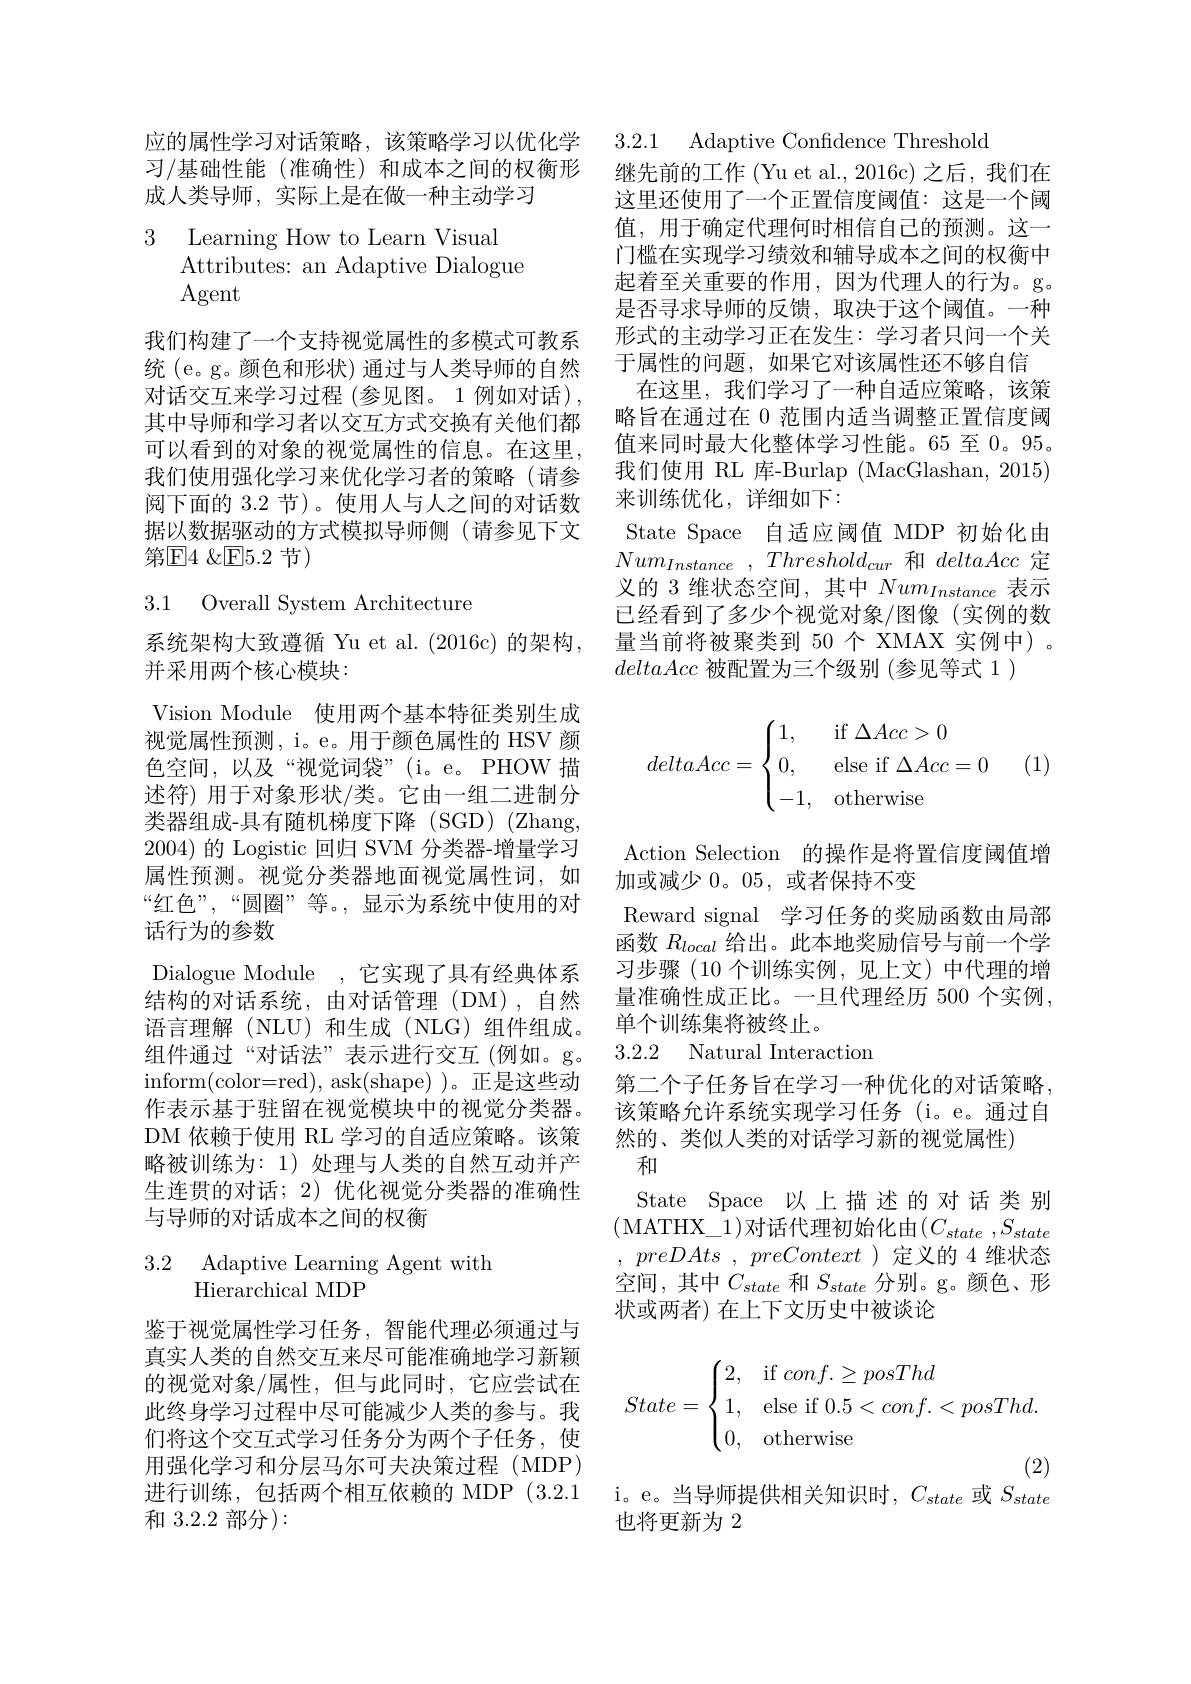
习/基础性能(准确性)和成本之间的权衡形 继先前的工作 (Yu et al., 2016c)之后，我们在
成人类导师，实际上是在做一种主动学习

3 Learning How to Learn Visual
Attributes: an Adaptive Dialogue
Agent

我们构建了一个支持视觉属性的多模式可教系对话交互来学习过程 (参见图。1 例如对话), 可以看到的对象的视觉属性的信息。在这里， 我们使用强化学习来优化学习者的策略(请参阅下面的 3.2 节)。使用人与人之间的对话数据以数据驱动的方式模拟导师侧(请参见下文第${\mathrm{E} }4$ $\& {\mathrm{E} }5. 2$节)

### 3.1 Overall System Architecture

系统架构大致遵循 Yu et al. (2016c) 的架构，
并采用两个核心模块：
Vision Module 使用两个基本特征类别生成视觉属性预测，i。e。用于颜色属性的 HSV 颜色空间，以及“视觉词袋”(i。e。PHOW 描述符) 用于对象形状/类。它由一组二进制分类器组成-具有随机梯度下降(SGD)(Zhang, 2004) 的 Logistic 回归 SVM 分类器-增量学习属性预测。视觉分类器地面视觉属性词，如“红色”,“圆圈”等。,显示为系统中使用的对话行为的参数
Dialogue Module ,它实现了具有经典体系结构的对话系统，由对话管理(DM),自然语言理解(NLU)和生成(NLG)组件组成。组件通过“对话法”表示进行交互(例如。g。inform( color= red) , ask( shape) )。正是这些动作表示基于驻留在视觉模块中的视觉分类器。DM 依赖于使用 RL 学习的自适应策略。该策略被训练为：1) 处理与人类的自然互动并产生连贯的对话；2)优化视觉分类器的准确性与导师的对话成本之间的权衡

### 3.2 Adaptive Learning Agent with Hierarchical MDP

鉴于视觉属性学习任务，智能代理必须通过与真实人类的自然交互来尽可能准确地学习新颖的视觉对象/属性，但与此同时，它应尝试在此终身学习过程中尽可能减少人类的参与。我们将这个交互式学习任务分为两个子任务，使用强化学习和分层马尔可夫决策过程(MDP) 进行训练，包括两个相互依赖的 MDP (3.2.1和3.2.2部分):

应的属性学习对话策略，该策略学习以优化学 3.2.1 Adaptive Confidence Threshold

这里还使用了一个正置信度阈值：这是一个阈值，用于确定代理何时相信自己的预测。这一门槛在实现学习绩效和辅导成本之间的权衡中起着至关重要的作用，因为代理人的行为。g。是否寻求导师的反馈，取决于这个阈值。一种形式的主动学习正在发生：学习者只问一个关
统 (e。g。颜色和形状) 通过与人类导师的自然 于属性的问题，如果它对该属性还不够自信
在这里，我们学习了一种自适应策略，该策
其中导师和学习者以交互方式交换有关他们都 略旨在通过在0范围内适当调整正置信度阈
值来同时最大化整体学习性能。65 至 0。95。我们使用 RL 库-Burlap (MacGlashan, 2015) 来训练优化，详细如下：
State Space 自适应阈值 MDP 初始化由$Num_{Instance}$ , $Threshold_{cur}$ 和 deltaAcc定义的 3 维状态空间，其中$Num_Instance$表示已经看到了多少个视觉对象/图像(实例的数量当前将被聚类到 50 个 XMAX 实例中)。deltaAcc被配置为三个级别 (参见等式 1 )
$$deltaAcc=\begin{cases}1,&\text{if}\Delta Acc>0\\0,&\text{else if}\Delta Acc=0\\-1,&\text{otherwise}\end{cases}$$
(1)

Action Selection 的操作是将置信度阈值增
加或减少0。05,或者保持不变
Reward signal 学习任务的奖励函数由局部函数$R_{local}$给出。此本地奖励信号与前一个学习步骤 (10 个训练实例，见上文)中代理的增量准确性成正比。一旦代理经历 500 个实例， 单个训练集将被终止。

## 3.2.2 Natural Interaction

第二个子任务旨在学习一种优化的对话策略， 该策略允许系统实现学习任务(i。e。通过自然的、类似人类的对话学习新的视觉属性)
和

State Space 以上描述的对话类别(MATHX\_1)对话代理初始化由$( C_state$ $, S_{state}$ , preDAts , preContext)定义的 4 维状态空间，其中$C_state$和$S_{state}$分别。g。颜色、形状或两者) 在上下文历史中被谈论
$$State=\begin{cases}2,&\text{if}\:conf.\ge posThd\\1,&\text{else if}\:0.5<conf.<posThd.\\0,&\text{otherwise}\end{cases}$$
i。e。当导师提供相关知识时，$C_state$或$S_{state}$
也将更新为 2